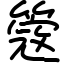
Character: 簆